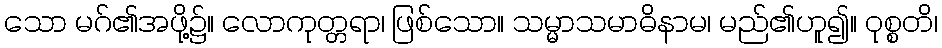
သော မဂ်၏အဖို့၌။ လောကုတ္တရာ၊ ဖြစ်သော။ သမ္မာသမာဓိနာမ၊ မည်၏ဟူ၍။ ဝုစ္စတိ၊